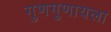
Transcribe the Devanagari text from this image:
गुणगुणायला